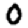
Digit: 0